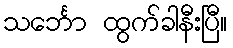
သင်္ဘော ထွက်ခါနီးပြီ။